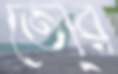
তো্র